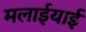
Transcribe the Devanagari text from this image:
मलाईयाई